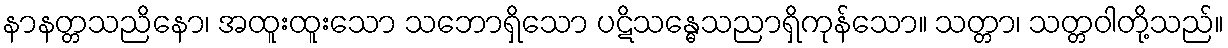
နာနတ္တသညိနော၊ အထူးထူးသော သဘောရှိသော ပဋိသန္ဓေသညာရှိကုန်သော။ သတ္တာ၊ သတ္တဝါတို့သည်။